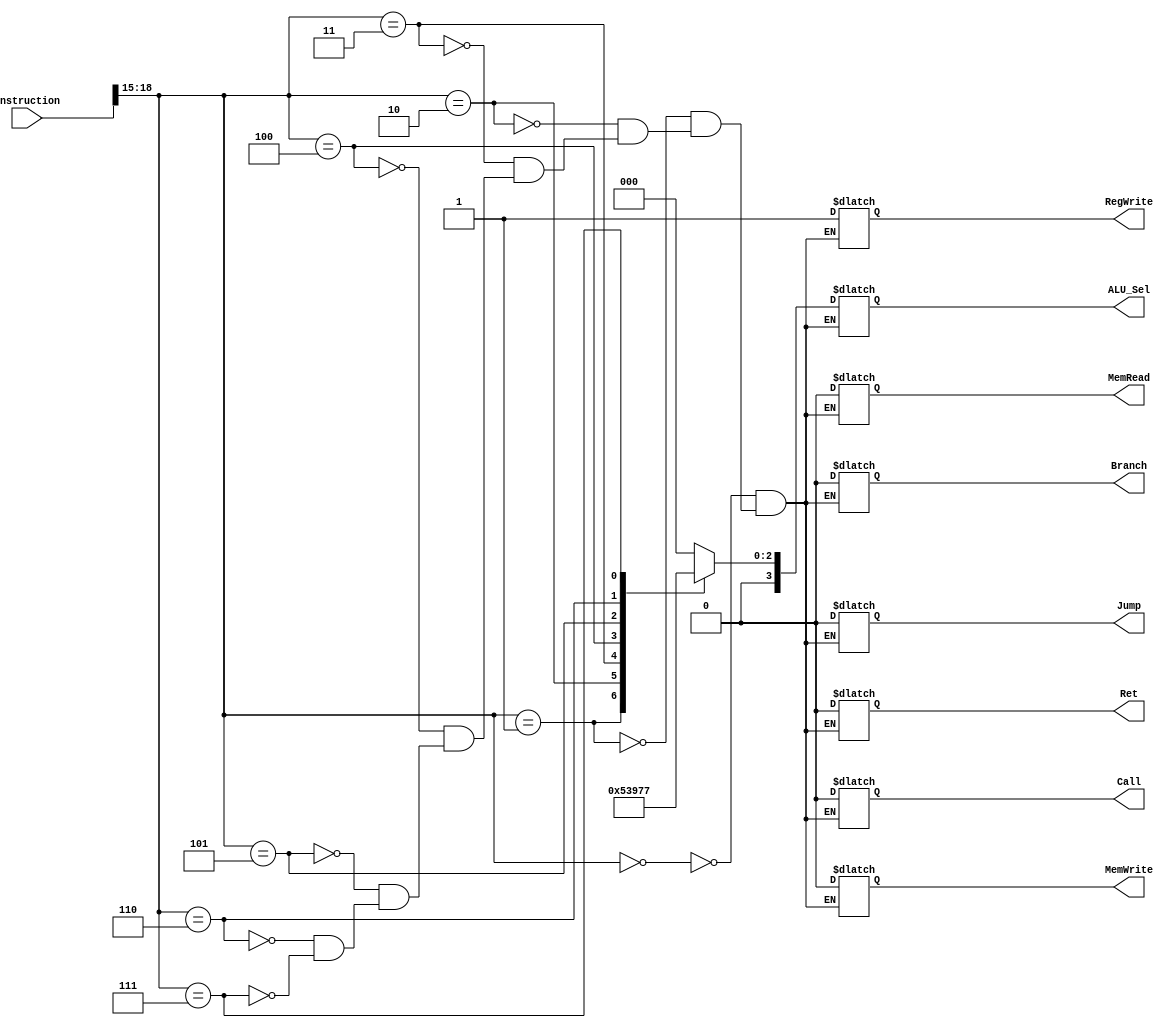
module ControlUnit (
    input [18:0] instruction,
    output reg [3:0] ALU_Sel,
    output reg RegWrite,
    output reg MemRead,
    output reg MemWrite,
    output reg Branch,
    output reg Jump,
    output reg Call,
    output reg Ret
);

always @(*) begin
    case (instruction[18:15]) // Opcode is the highest 4 bits
        4'b0000: begin // ADD
            ALU_Sel = 4'b0000;
            RegWrite = 1;
            MemRead = 0;
            MemWrite = 0;
            Branch = 0;
            Jump = 0;
            Call = 0;
            Ret = 0;
        end
        4'b0001: begin // SUB
            ALU_Sel = 4'b0001;
            RegWrite = 1;
            MemRead = 0;
            MemWrite = 0;
            Branch = 0;
            Jump = 0;
            Call = 0;
            Ret = 0;
        end
        4'b0010: begin // MUL
            ALU_Sel = 4'b0010;
            RegWrite = 1;
            MemRead = 0;
            MemWrite = 0;
            Branch = 0;
            Jump = 0;
            Call = 0;
            Ret = 0;
        end
        4'b0011: begin // DIV
            ALU_Sel = 4'b0011;
            RegWrite = 1;
            MemRead = 0;
            MemWrite = 0;
            Branch = 0;
            Jump = 0;
            Call = 0;
            Ret = 0;
        end 
        4'b0100: begin// And
            ALU_Sel = 4'b0100;
            RegWrite = 1;
            MemRead = 0;
            MemWrite = 0;
            Branch = 0;
            Jump = 0;
            Call = 0;
            Ret = 0;
        end 
        4'b0101: begin// OR
            ALU_Sel = 4'b0101;
            RegWrite = 1;
            MemRead = 0;
            MemWrite = 0;
            Branch = 0;
            Jump = 0;
            Call = 0;
            Ret = 0;
        end  
        4'b0110: begin// XOR
            ALU_Sel = 4'b0110;
            RegWrite = 1;
            MemRead = 0;
            MemWrite = 0;
            Branch = 0;
            Jump = 0;
            Call = 0;
            Ret = 0;
        end  
        4'b0111: begin// NOT
            ALU_Sel = 4'b0111;
            RegWrite = 1;
            MemRead = 0;
            MemWrite = 0;
            Branch = 0;
            Jump = 0;
            Call = 0;
            Ret = 0;
        end   
    endcase
end

endmodule